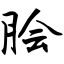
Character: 脍